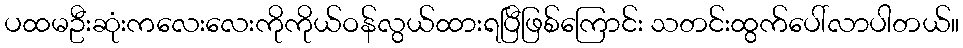
ပထမဦးဆုံးကလေးလေးကိုကိုယ်ဝန်လွယ်ထားရပြီဖြစ်ကြောင်း သတင်းထွက်ပေါ်လာပါတယ်။